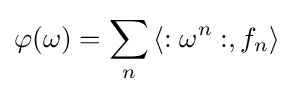
\varphi (\omega )=\sum _{n}\left\langle :\omega ^{n}:,f_{n}\right\rangle